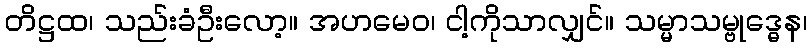
တိဋ္ဌထ၊ သည်းခံဦးလော့။ အဟမေဝ၊ ငါ့ကိုသာလျှင်။ သမ္မာသမ္ဗုဒ္ဓေန၊